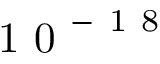
\mathrm { ~ 1 ~ 0 ~ } ^ { - \mathrm { ~ 1 ~ 8 ~ } }